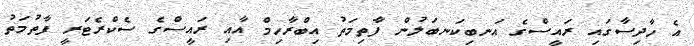
އެ ހާދިސާގައި ރައީސްގެ އަނބިކަނބަލުން ފާތިމަތު އިބްރާހިމް އާއި ރައީސްގެ ސެކްރެޓަރީ ފާތުމަތު